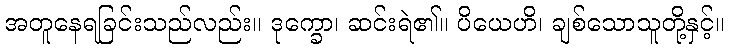
အတူနေရခြင်းသည်လည်း။ ဒုက္ခော၊ ဆင်းရဲ၏။ ပိယေဟိ၊ ချစ်သောသူတို့နှင့်။